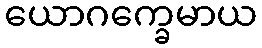
ယောဂက္ခေမာယ